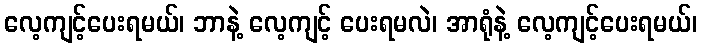
လေ့ကျင့်ပေးရမယ်၊ ဘာနဲ့ လေ့ကျင့် ပေးရမလဲ၊ အာရုံနဲ့ လေ့ကျင့်ပေးရမယ်၊